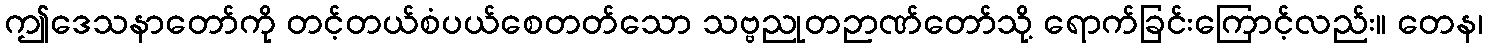
ဤဒေသနာတော်ကို တင့်တယ်စံပယ်စေတတ်သော သဗ္ဗညုတဉာဏ်တော်သို့ ရောက်ခြင်းကြောင့်လည်း။ တေန၊